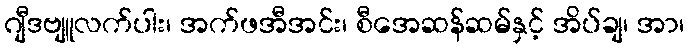
ဂျီဒဗျူလက်ပါး၊ အက်ဖအီအင်း၊ စီအေဆန်ဆမ်နှင့် အိပ်ချ၊ အာ၊